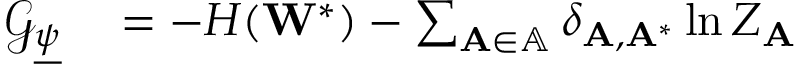
\begin{array} { r l } { \mathcal { G } _ { \underline { { \psi } } } } & { { } = - H ( \mathbf { W } ^ { * } ) - \sum _ { \mathbf { A } \in \mathbb { A } } \delta _ { \mathbf { A } , \mathbf { A } ^ { * } } \ln Z _ { \mathbf { A } } } \end{array}